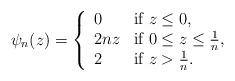
LaTeX: \begin{align*}\psi_n(z)=\left\{\begin{array}{lll}0& \mbox{if $z\leq 0$},\\2nz &\mbox{if $0\leq z\leq \frac{1}{n}$},\\2&\mbox{if $ z>\frac{1}{n}$}.\end{array}\right.\end{align*}